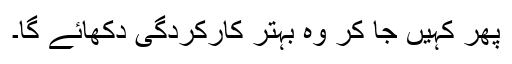
پھر کہیں جا کر وہ بہتر کارکردگی دکھائے گا۔